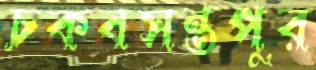
চকবসন্তপুর